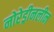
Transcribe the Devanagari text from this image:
नोरेड्रीनलीन